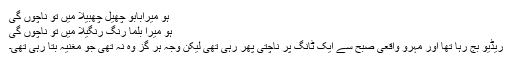
ہو میرابابو چھیل چھبیلا میں تو ناچوں گی
ہو میرا بلما رنگ رنگیلا میں تو ناچوں گی
ریڈیو بج رہا تھا اور مہرو واقعی صبح سے ایک ٹانگ پر ناچتی پھر رہی تھی لیکن وجہ ہر گز وہ نہ تھی جو مغنیہ بتا رہی تھی۔